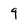
Character: 9